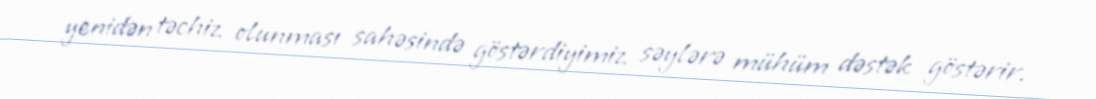
yenidən təchiz olunması sahəsində göstərdiyimiz səylərə mühüm dəstək göstərir.